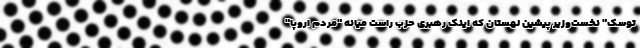
توسک" نخست‌وزیر پیشین لهستان که اینک رهبری حزب راست میانه "مردم اروپا"